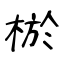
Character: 棜